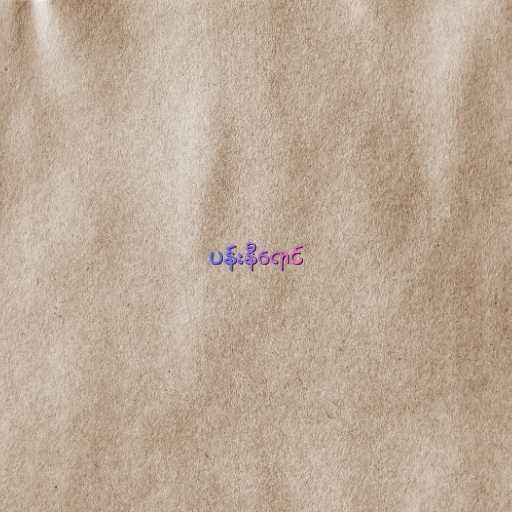
ပန်းနီရောင်